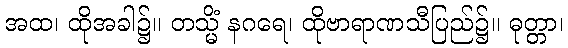
အထ၊ ထိုအခါ၌။ တသ္မိံ နဂရေ၊ ထိုဗာရာဏသီပြည်၌။ ဓုတ္တာ၊